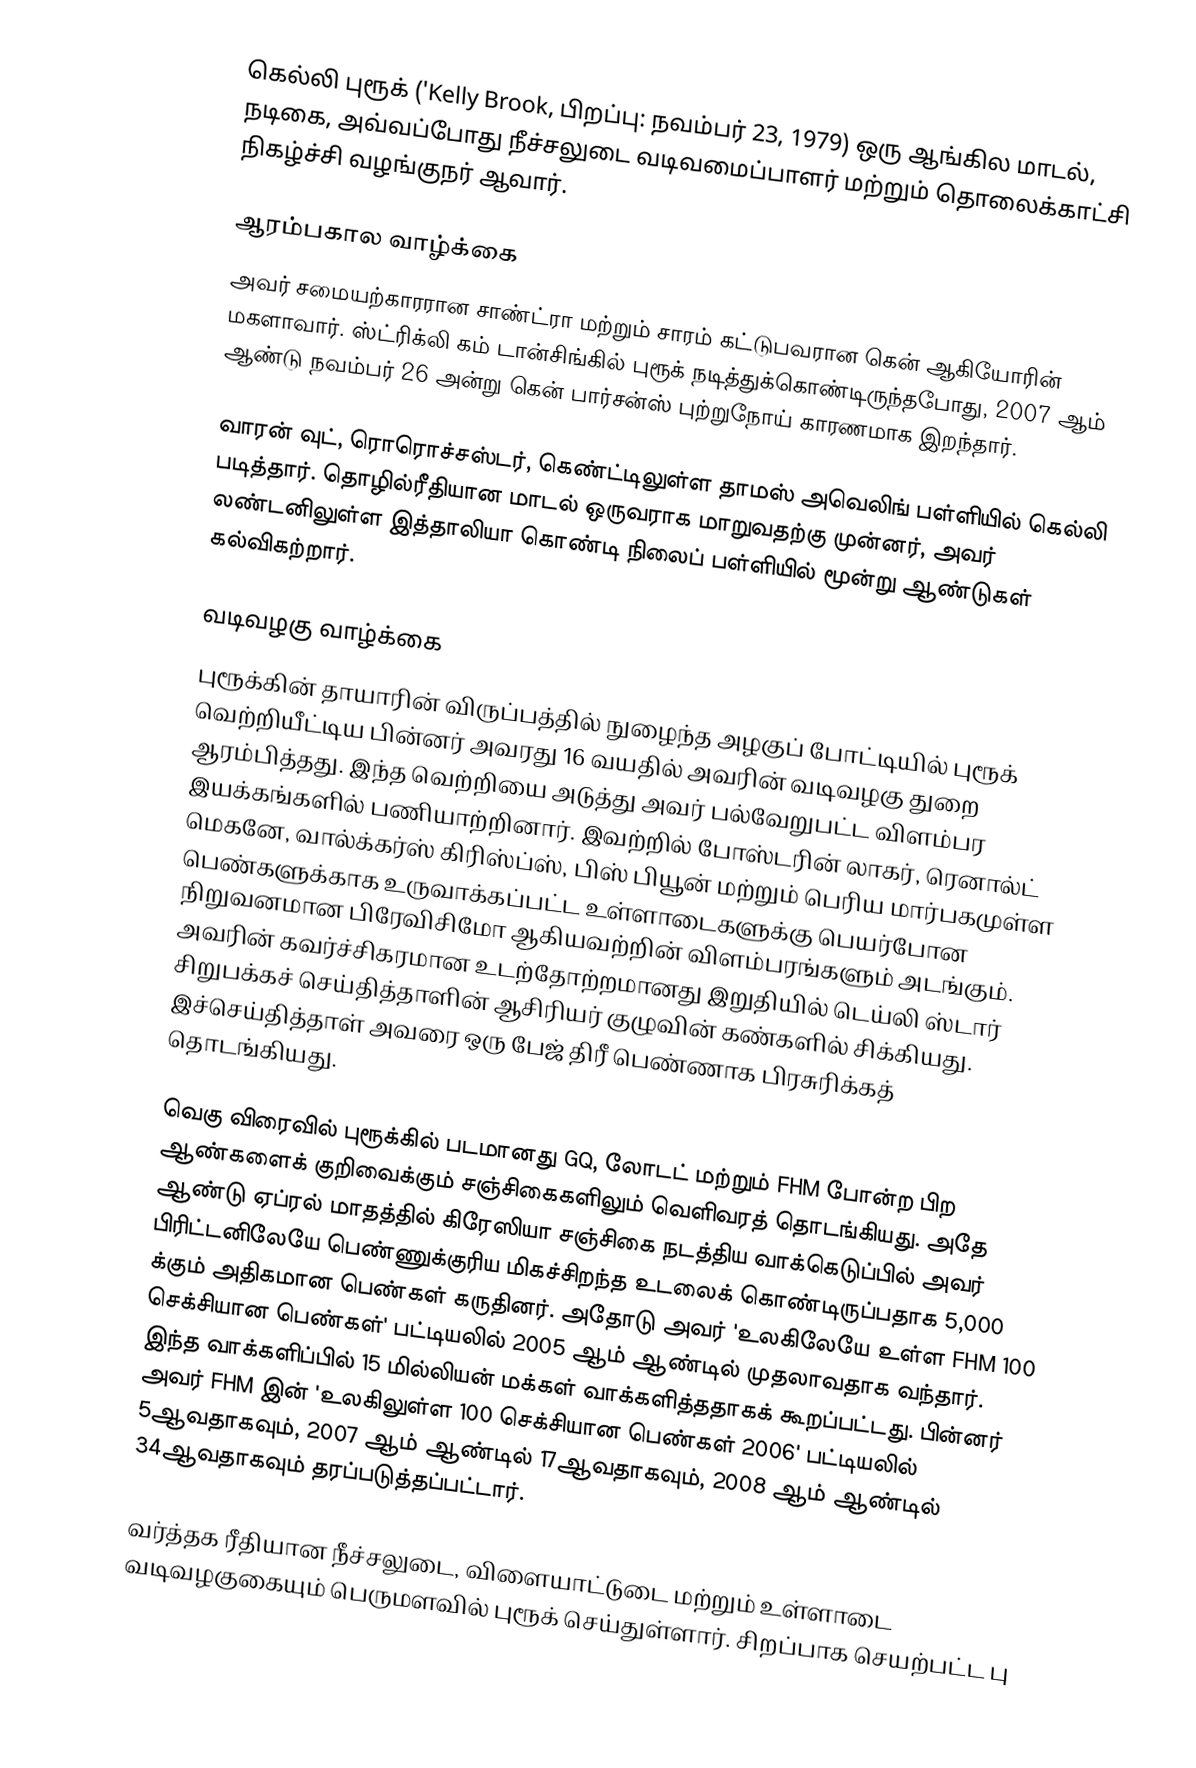
கெல்லி புரூக் ('Kelly Brook, பிறப்பு: நவம்பர் 23, 1979) ஒரு ஆங்கில மாடல், நடிகை, அவ்வப்போது நீச்சலுடை வடிவமைப்பாளர் மற்றும் தொலைக்காட்சி நிகழ்ச்சி வழங்குநர் ஆவார்.

ஆரம்பகால வாழ்க்கை
அவர் சமையற்காரரான சாண்ட்ரா மற்றும் சாரம் கட்டுபவரான கென் ஆகியோரின் மகளாவார். ஸ்ட்ரிக்லி கம் டான்சிங்கில் புரூக் நடித்துக்கொண்டிருந்தபோது, 2007 ஆம் ஆண்டு நவம்பர் 26 அன்று கென் பார்சன்ஸ் புற்றுநோய் காரணமாக இறந்தார்.

வாரன் வுட், ரொரொச்சஸ்டர், கெண்ட்டிலுள்ள தாமஸ் அவெலிங் பள்ளியில் கெல்லி படித்தார். தொழில்ரீதியான மாடல் ஒருவராக மாறுவதற்கு முன்னர், அவர் லண்டனிலுள்ள இத்தாலியா கொண்டி நிலைப் பள்ளியில் மூன்று ஆண்டுகள் கல்விகற்றார்.

வடிவழகு வாழ்க்கை
புரூக்கின் தாயாரின் விருப்பத்தில் நுழைந்த அழகுப் போட்டியில் புரூக் வெற்றியீட்டிய பின்னர் அவரது 16 வயதில் அவரின் வடிவழகு துறை ஆரம்பித்தது. இந்த வெற்றியை அடுத்து அவர் பல்வேறுபட்ட விளம்பர இயக்கங்களில் பணியாற்றினார். இவற்றில் போஸ்டரின் லாகர், ரெனால்ட் மெகனே, வால்க்கர்ஸ் கிரிஸ்ப்ஸ், பிஸ் பியூன் மற்றும் பெரிய மார்பகமுள்ள பெண்களுக்காக உருவாக்கப்பட்ட உள்ளாடைகளுக்கு பெயர்போன நிறுவனமான பிரேவிசிமோ ஆகியவற்றின் விளம்பரங்களும் அடங்கும். அவரின் கவர்ச்சிகரமான உடற்தோற்றமானது இறுதியில் டெய்லி ஸ்டார் சிறுபக்கச் செய்தித்தாளின் ஆசிரியர் குழுவின் கண்களில் சிக்கியது. இச்செய்தித்தாள் அவரை ஒரு பேஜ் திரீ பெண்ணாக பிரசுரிக்கத் தொடங்கியது.

வெகு விரைவில் புரூக்கில் படமானது GQ, லோடட் மற்றும் FHM போன்ற பிற ஆண்களைக் குறிவைக்கும் சஞ்சிகைகளிலும் வெளிவரத் தொடங்கியது. அதே ஆண்டு ஏப்ரல் மாதத்தில் கிரேஸியா சஞ்சிகை நடத்திய வாக்கெடுப்பில் அவர் பிரிட்டனிலேயே பெண்ணுக்குரிய மிகச்சிறந்த உடலைக் கொண்டிருப்பதாக 5,000 க்கும் அதிகமான பெண்கள் கருதினர். அதோடு அவர் 'உலகிலேயே உள்ள FHM 100 செக்சியான பெண்கள்' பட்டியலில் 2005 ஆம் ஆண்டில் முதலாவதாக வந்தார். இந்த வாக்களிப்பில் 15 மில்லியன் மக்கள் வாக்களித்ததாகக் கூறப்பட்டது. பின்னர் அவர் FHM இன் 'உலகிலுள்ள 100 செக்சியான பெண்கள் 2006' பட்டியலில் 5ஆவதாகவும், 2007 ஆம் ஆண்டில் 17ஆவதாகவும், 2008 ஆம் ஆண்டில் 34ஆவதாகவும் தரப்படுத்தப்பட்டார்.

வர்த்தக ரீதியான நீச்சலுடை, விளையாட்டுடை மற்றும் உள்ளாடை வடிவழகுகையும் பெருமளவில் புரூக் செய்துள்ளார். சிறப்பாக செயற்பட்ட பு